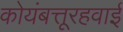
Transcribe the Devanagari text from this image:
कोयंबत्तूरहवाई